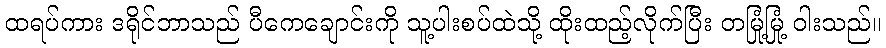
ထရပ်ကား ဒရိုင်ဘာသည် ပီကေချောင်းကို သူ့ပါးစပ်ထဲသို့ ထိုးထည့်လိုက်ပြီး တမြုံ့မြုံ့ ဝါးသည်။